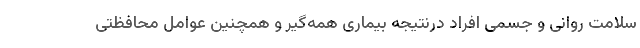
سلامت روانی و جسمی افراد درنتیجه بیماری همه‌گیر و همچنین عوامل محافظتی